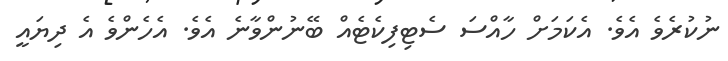
ނުކުރެވެ އެވެ. އެކަމަށް ހާއްސަ ސެޓިފިކެޓެއް ބޭނުންވާނެ އެވެ. އެހެންވެ އެ ދިޔައީ